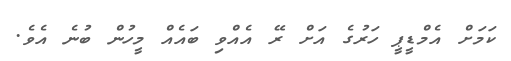
ކަމަށް އެމްޑީޕީ ހަރުގެ އަށް ރޭ އެއްވި ބައެއް މީހުން ބުނެ އެވެ.